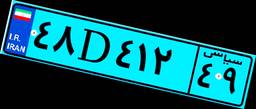
۴۸D۴۱۲۴۹